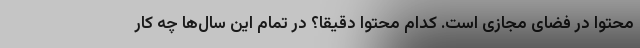
محتوا در فضای مجازی است. کدام محتوا دقیقا؟ در تمام این سال‌ها چه کار